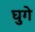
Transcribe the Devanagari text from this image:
घुगे